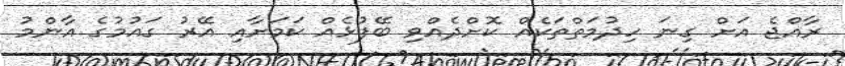
ރާއްޖެ އަށް ގިނަ ހިދުމަތްތަކެއް ކޮށްދެއްވި ބޭފުޅެއް ކަމަށާއި އޭރު ގައުމުގެ އާންމު